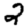
Digit: 2